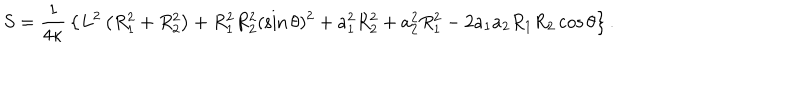
S = { \frac { 1 } { 4 \kappa } } \left\{ L ^ { 2 } \left( R _ { 1 } ^ { 2 } + R _ { 2 } ^ { 2 } \right) + R _ { 1 } ^ { 2 } R _ { 2 } ^ { 2 } ( \sin \theta ) ^ { 2 } + a _ { 1 } ^ { 2 } R _ { 2 } ^ { 2 } + a _ { 2 } ^ { 2 } R _ { 1 } ^ { 2 } - 2 a _ { 1 } a _ { 2 } R _ { 1 } R _ { 2 } \cos \theta \right\} .